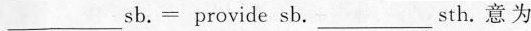
___ sb。=provide sb。___sth。意为